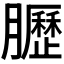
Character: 𫇀